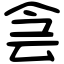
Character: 侌